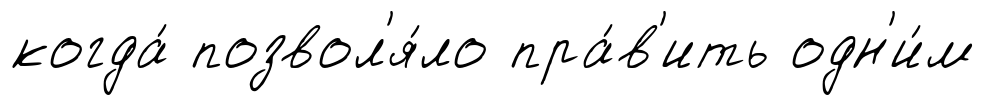
когда́ позвол'я́ло пра́в'ить одн'и́м